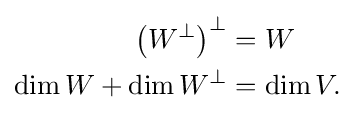
{\begin{aligned}\left(W^{\perp }\right)^{\perp }&=W\\\dim W+\dim W^{\perp }&=\dim V.\end{aligned}}